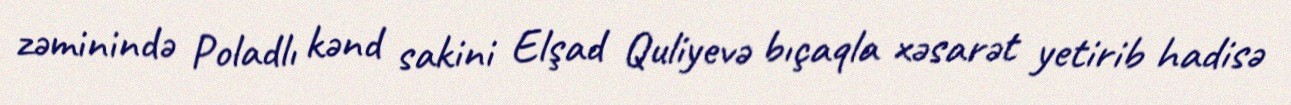
zəminində Poladlı kənd sakini Elşad Quliyevə bıçaqla xəsarət yetirib hadisə